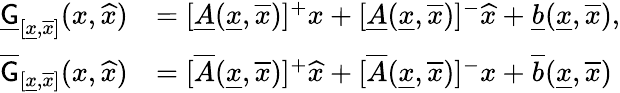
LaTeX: \begin{array}{rl}{\underline{{\mathsf{G}}}_{[\underline{{x}},\overline{{x}}]}(x,\widehat{x})}&{=[\underline{{A}}(\underline{{x}},\overline{{x}})]^{+}x+[\underline{{A}}(\underline{{x}},\overline{{x}})]^{-}\widehat{x}+\underline{{b}}(\underline{{x}},\overline{{x}}),}\\ {\overline{{\mathsf{G}}}_{[\underline{{x}},\overline{{x}}]}(x,\widehat{x})}&{=[\overline{{A}}(\underline{{x}},\overline{{x}})]^{+}\widehat{x}+[\overline{{A}}(\underline{{x}},\overline{{x}})]^{-}x+\overline{{b}}(\underline{{x}},\overline{{x}})}\end{array}